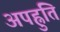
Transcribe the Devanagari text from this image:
अपह्नुति